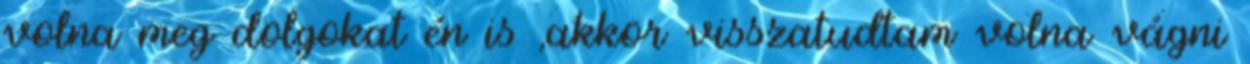
volna meg dolgokat én is ,akkor visszatudtam volna vágni